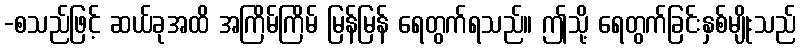
-စသည်ဖြင့် ဆယ်ခုအထိ အကြိမ်ကြိမ် မြန်မြန် ရေတွက်ရသည်။ ဤသို့ ရေတွက်ခြင်းနှစ်မျိုးသည်